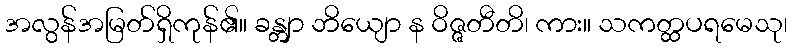
အလွန်အမြတ်ရှိကုန်၏။ ခန္တျာ ဘိယျော န ဝိဇ္ဇတီတိ၊ ကား။ သကတ္ထပရမေသု၊